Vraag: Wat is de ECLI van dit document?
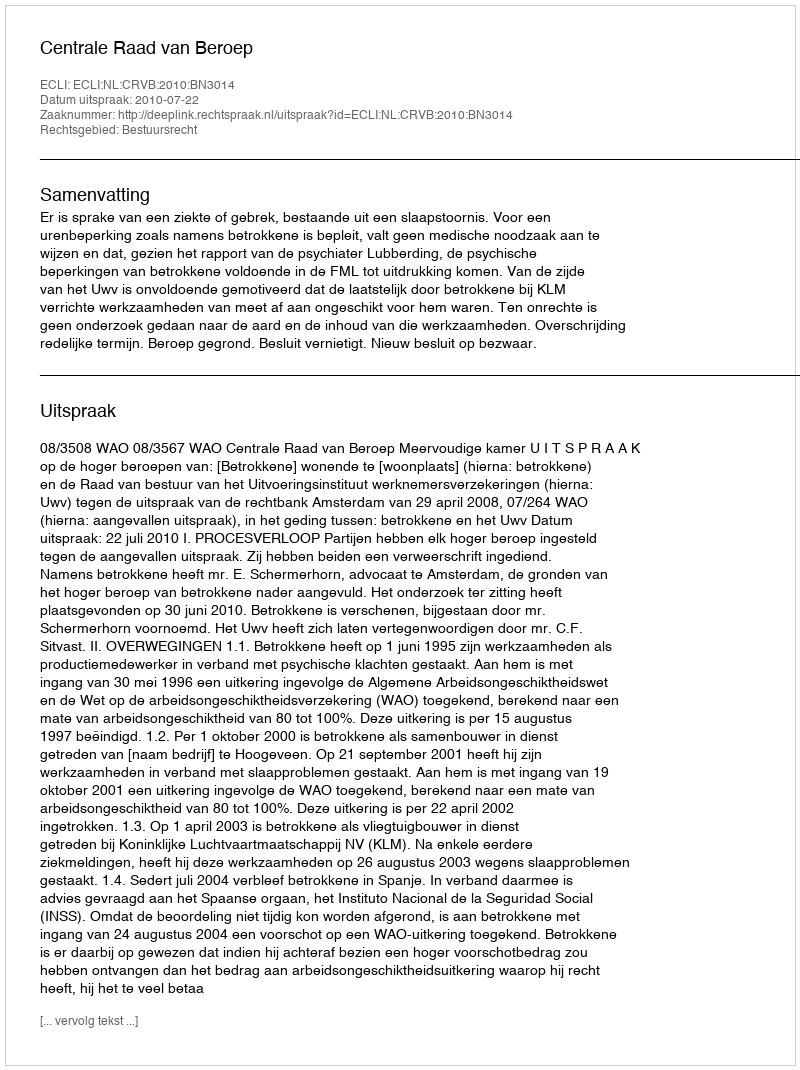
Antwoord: ECLI:NL:CRVB:2010:BN3014